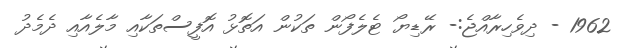
1962 - ދިވެހިރާއްޖެ:- ރޭޑިޔޯ ޓެލެފޯން ތަކުން އަތޮޅު އޮފީސްތަކާއި މާލެއާއި ދެމެދު